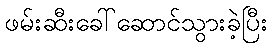
ဖမ်းဆီးခေါ်ဆောင်သွားခဲ့ပြီး